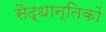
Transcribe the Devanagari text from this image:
सैद्धान्तिकों